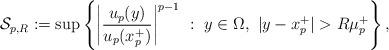
LaTeX: \begin{align*}\mathcal S_{p,R}:=\sup \left\{ \left|\frac{u_p(y)}{u_p(x_p^+)}\right|^{p-1}\ : \ y\in\Omega, \ |y-x_p^+|> R\mu_p^+\right\},\end{align*}